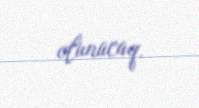
olunacaq.